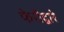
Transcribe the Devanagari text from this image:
फेरीद्वारे